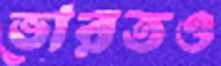
ভারতও